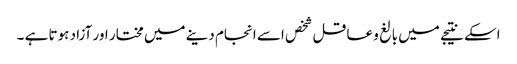
اسکے نتیجے میں بالغ و عاقل شخص اسے انجام دینے میں مختار اور آزاد ہوتا ہے ۔